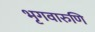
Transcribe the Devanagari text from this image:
भृगवारुणि